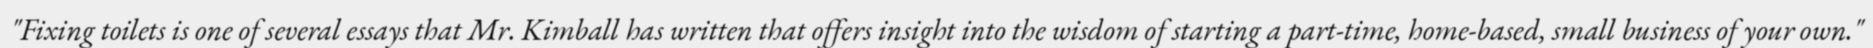
"Fixing toilets is one of several essays that Mr. Kimball has written that offers insight into the wisdom of starting a part-time, home-based, small business of your own."